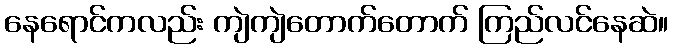
နေရောင်ကလည်း ကျဲကျဲတောက်တောက် ကြည်လင်နေဆဲ။